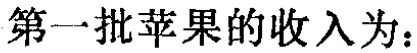
第一批苹果的收入为：